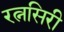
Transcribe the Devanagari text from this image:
रत्नसिरी